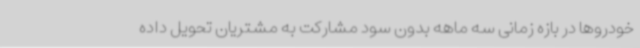
خودروها در بازه زمانی سه ماهه بدون سود مشارکت به مشتریان تحویل داده